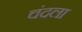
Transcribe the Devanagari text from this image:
चंदला